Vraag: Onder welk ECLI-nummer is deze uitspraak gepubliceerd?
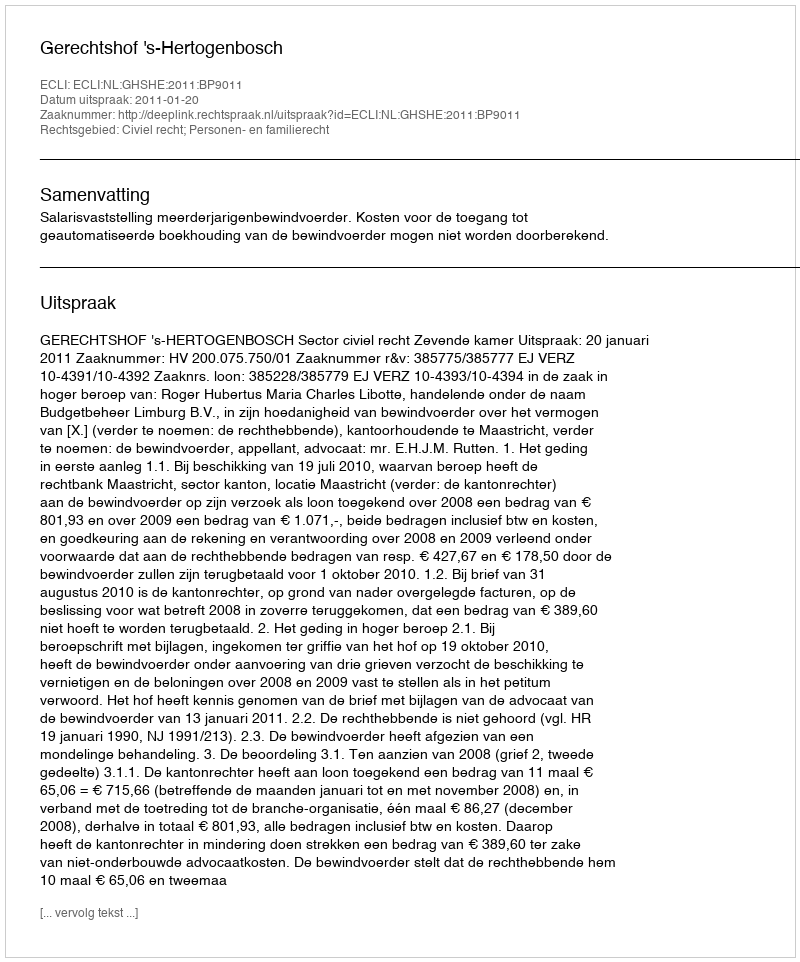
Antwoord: ECLI:NL:GHSHE:2011:BP9011